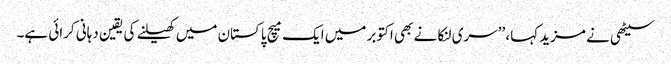
سیٹھی نے مزید کہا، ’’سری لنکا نے بھی اکتوبر میں ایک میچ پاکستان میں کھیلنے کی یقین دہانی کرائی ہے۔